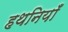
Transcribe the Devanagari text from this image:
हथनियाँ